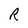
Character: R